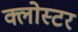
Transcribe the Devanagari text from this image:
क्लोस्टर